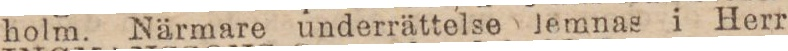
holm. Närmare underrättelse lemnas i Herr